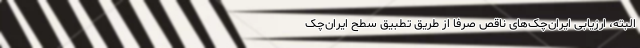
البته، ارزیابی ایران‌چک‌های ناقص صرفاً از طریق تطبیق سطح ایران‌چک